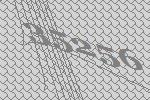
35256